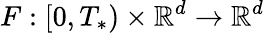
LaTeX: F:[0,T_{*})\times\mathbb{R}^{d}\rightarrow\mathbb{R}^{d}